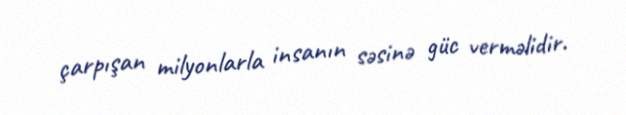
çarpışan milyonlarla insanın səsinə güc verməlidir.